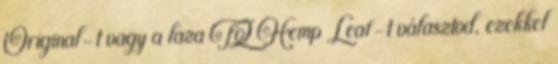
Original-t vagy a laza TQ Hemp Leaf-t választod, ezekkel